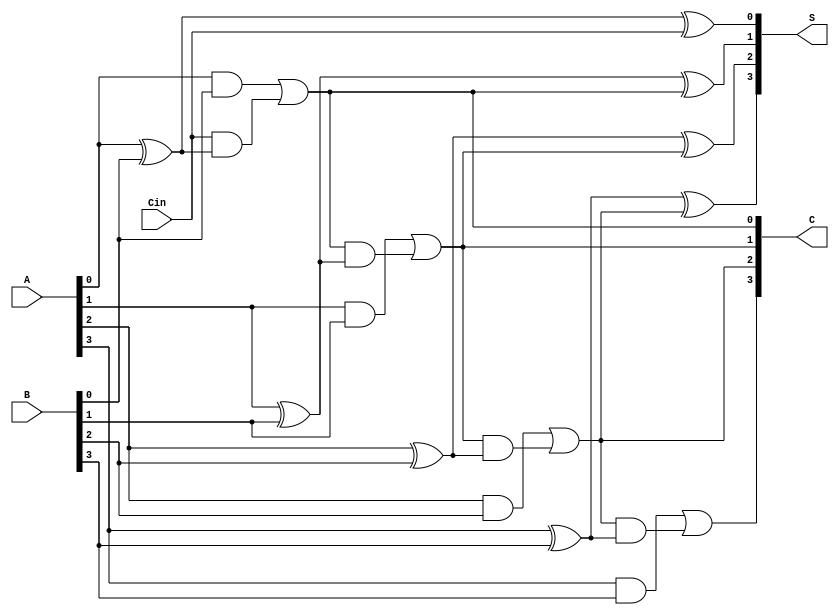
`timescale 1ns / 1ps

module adder(
    input [3:0] A, B,
    input Cin,
    output [3:0] S,
    output [3:0] C
    );
    assign S[0] = (A[0]^B[0])^Cin;
    assign C[0] = (A[0]&B[0])|(Cin&(A[0]^B[0]));
    assign S[1] = (A[1]^B[1])^C[0];
    assign C[1] = (A[1]&B[1])|(C[0]&(A[1]^B[1]));
    assign S[2] = (A[2]^B[2])^C[1];
    assign C[2] = (A[2]&B[2])|(C[1]&(A[2]^B[2]));
    assign S[3] = (A[3]^B[3])^C[2];
    assign C[3] = (A[3]&B[3])|(C[2]&(A[3]^B[3]));     
    
endmodule